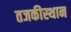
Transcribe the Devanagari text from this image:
तजकीस्थान